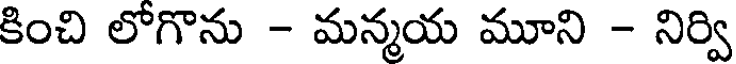
కించి లోగొను - మన్మయ మూని - నిర్వి